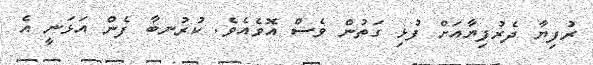
ރުފިޔާ ދެރުފިޔާއަށް ފުޅި ގަތުން ވެސް އޮވެއެވެ. ކުރުނބާ ފެން އަޅަނީ އެ